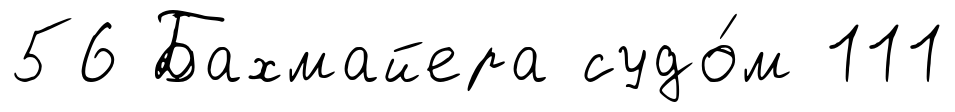
56 Бахмайера судо́м 111